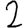
Digit: 2